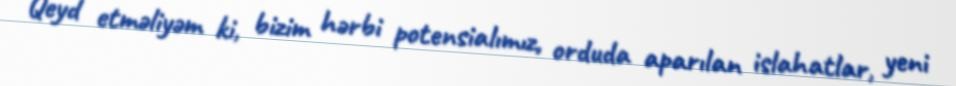
Qeyd etməliyəm ki, bizim hərbi potensialımız, orduda aparılan islahatlar, yeni